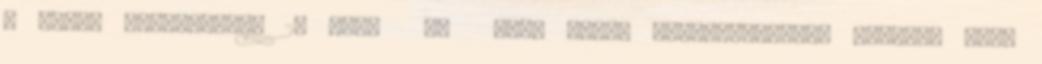
a Hotel Alpine-ban: 27 euro fő nap. Egyéb tulajdonságok: Szállás neve